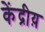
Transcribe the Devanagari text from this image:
केंद्रीय़